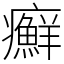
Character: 癬